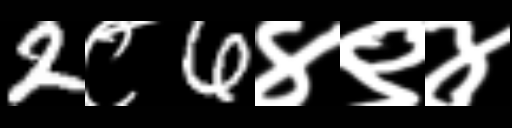
Text: 2८6४९४